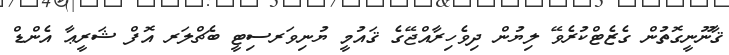
ޤާނޫނީގޮތުން ގެޒެޓްކުރެވޭ ލިޔުން ދިވެހިރާއްޖޭގެ ޤައުމީ ޔުނިވަރސިޓީ ބެޗްލަރ އޮފް ޝަރީޢާ އެންޑް